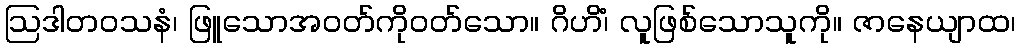
ဩဒါတဝသနံ၊ ဖြူသောအဝတ်ကိုဝတ်သော။ ဂိဟိံ၊ လူဖြစ်သောသူကို။ ဇာနေယျာထ၊